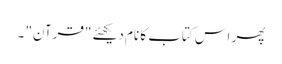
پھر اس کتاب کا نام دیکھئے "قرآن" ۔